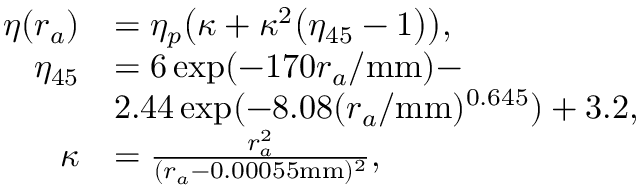
\begin{array} { r l } { \eta ( r _ { a } ) } & { = \eta _ { p } \bigl ( \kappa + \kappa ^ { 2 } \bigl ( \eta _ { 4 5 } - 1 \bigr ) \bigr ) , } \\ { \eta _ { 4 5 } } & { = 6 \exp ( - 1 7 0 r _ { a } / \mathrm { m m } ) - } \\ & { 2 . 4 4 \exp ( - 8 . 0 8 ( r _ { a } / \mathrm { m m } ) ^ { 0 . 6 4 5 } ) + 3 . 2 , } \\ { \kappa } & { = \frac { r _ { a } ^ { 2 } } { ( r _ { a } - 0 . 0 0 0 5 5 \mathrm { m m } ) ^ { 2 } } , } \end{array}